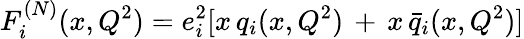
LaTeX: F_{i}^{(N)}(x,Q^{2})=e_{i}^{2}[x\, q_{i}(x,Q^{2})\, +\, x\, \bar{q}_{i}(x,Q^{2})]